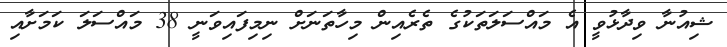
ޝިއުނާ ވިދާޅުވީ އެ މައްސަލަތަކުގެ ތެރެއިން މިހާތަނަށް ނިމިފައިވަނީ 38 މައްސަލަ ކަމަށާއި